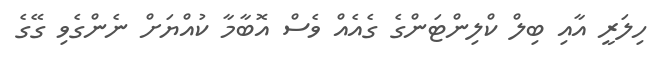
ހިލަރީ އާއި ބިލް ކްލިންޓަންގެ ގެއެއް ވެސް އޮބާމާ ކުއްޔަށް ނެންގެވި ގޭގެ